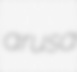
arusa